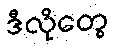
ဒီလိုတွေ